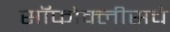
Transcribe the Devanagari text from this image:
सॉफोक्लीसचे